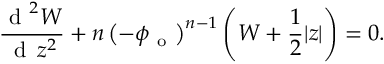
\frac { \mathrm { ~ d ~ } ^ { 2 } W } { \mathrm { ~ d ~ } \, z ^ { 2 } } + n \left( - \phi _ { \mathrm { ~ o ~ } } \right) ^ { n - 1 } \left( W + \frac { 1 } { 2 } | z | \right) = 0 .